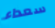
سعداء